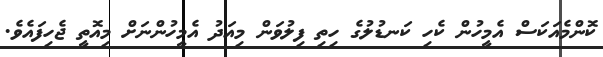
ކޮންމެއަކަސް އެމީހުން ކެހި ކަނޑުލުގެ ހިތި ފިލުވަން މިއަދު އެމީހުންނަށް މިއޮތީ ޖެހިފައެވެ.